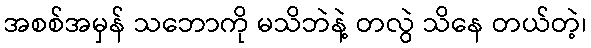
အစစ်အမှန် သဘောကို မသိဘဲနဲ့ တလွဲ သိနေ တယ်တဲ့၊